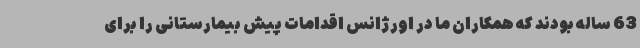
63 ساله بودند که همکاران ما در اورژانس اقدامات پیش بیمارستانی را برای